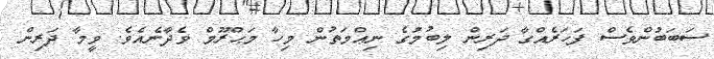
ސަބަބުންވެސް ފަހަރެއްގާ ދަރިން ލިބުމުގެ ނިޢްމަތުން މިހާ މަޙްރޫމް ވެދާނެއެވެ. ވީމާ ދަރިން